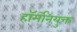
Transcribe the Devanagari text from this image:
हॉर्मोनयुक्त